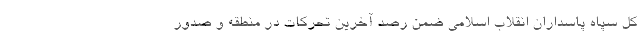
کل سپاه پاسداران انقلاب اسلامی ضمن رصد آخرین تحرکات در منطقه و صدور